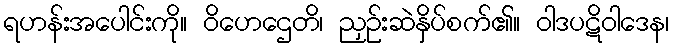
ရဟန်းအပေါင်းကို။ ဝိဟေဌေတိ၊ ညှဉ်းဆဲနှိပ်စက်၏။ ဝါဒပဋိဝါဒေန၊